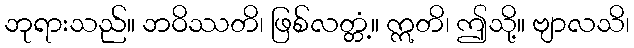
ဘုရားသည်။ ဘဝိဿတိ၊ ဖြစ်လတ္တံ့။ ဣတိ၊ ဤသို့။ ဗျာလသိ၊